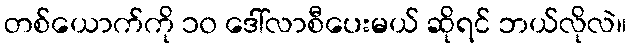
တစ်ယောက်ကို ၁၀ ဒေါ်လာစီပေးမယ် ဆိုရင် ဘယ်လိုလဲ။